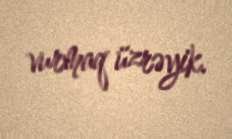
vurmaq üzrəyik.